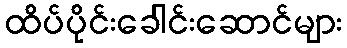
ထိပ်ပိုင်းခေါင်းဆောင်များ